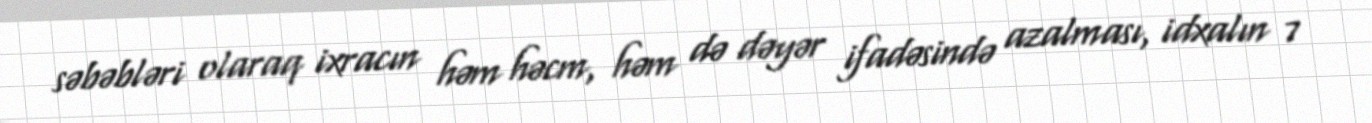
səbəbləri olaraq ixracın həm həcm, həm də dəyər ifadəsində azalması, idxalın 7